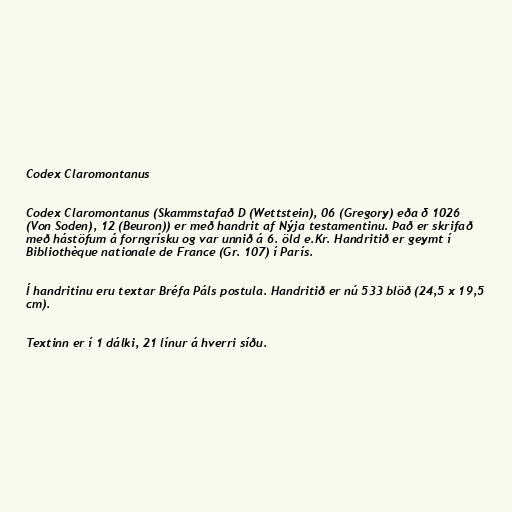
Codex Claromontanus

Codex Claromontanus (Skammstafað D (Wettstein), 06 (Gregory) eða δ 1026
(Von Soden), 12 (Beuron)) er með handrit af Nýja testamentinu. Það er skrifað
með hástöfum á forngrísku og var unnið á 6. öld e.Kr. Handritið er geymt í
Bibliothèque nationale de France (Gr. 107) í París.

Í handritinu eru textar Bréfa Páls postula. Handritið er nú 533 blöð (24,5 x 19,5
cm).

Textinn er í 1 dálki, 21 línur á hverri síðu.